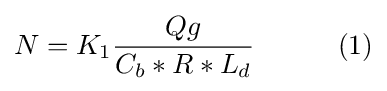
N=K_{1}{\frac {Qg}{C_{b}*R*L_{d}}}\quad \quad \quad (1)